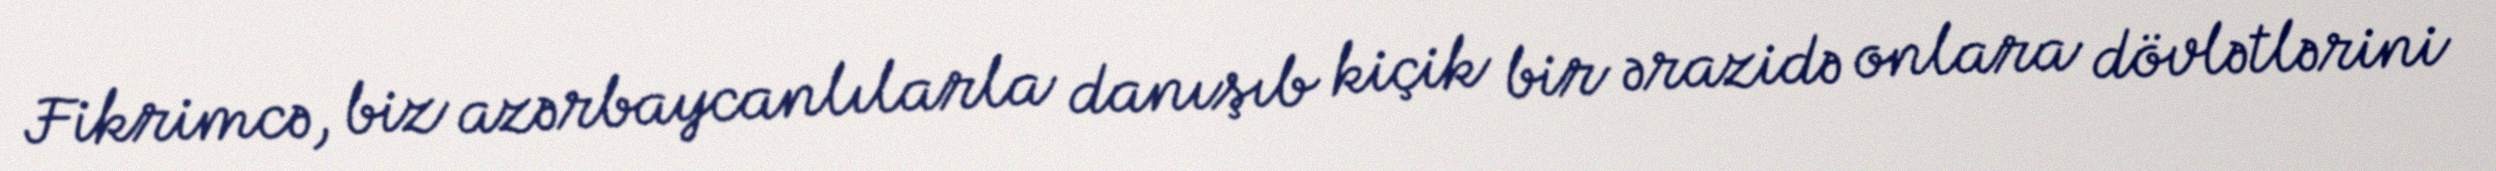
Fikrimcə, biz azərbaycanlılarla danışıb kiçik bir ərazidə onlara dövlətlərini